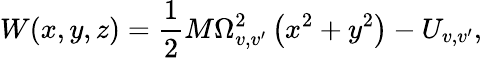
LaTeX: W(x,y,z)=\frac{1}{2}M\Omega_{v,v^{\prime}}^{2}\left(x^{2}+y^{2}\right)-U_{v,v^{\prime}},